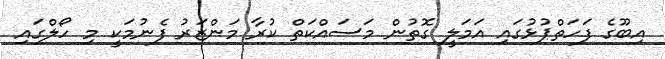
އިބޫގެ ފަހަތްޕުޅުގައި އަމަލީ ގޮތުން މަސައްކަތް ކުރާ މަންޒަރު ފެނުމަކީ މި ހޯލްގައި